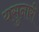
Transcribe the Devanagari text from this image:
यसुनारी